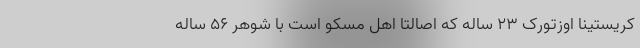
کریستینا اوزتورک ۲۳ ساله که اصالتاً اهل مسکو است با شوهر ۵۶ ساله